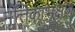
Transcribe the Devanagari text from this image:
मृत्तिकाभक्षण